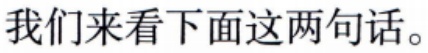
我们来看下面这两句话。